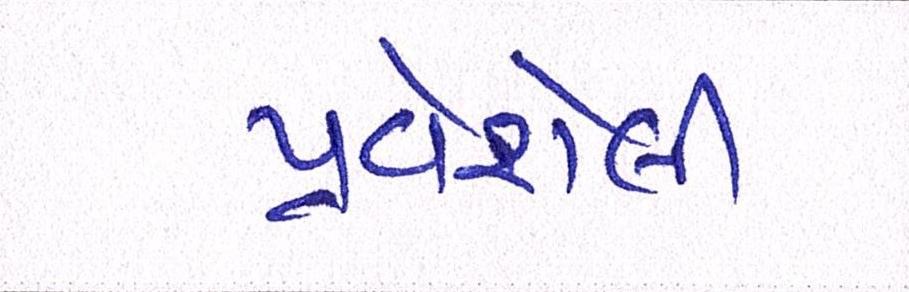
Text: પ્રવેશેલી